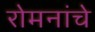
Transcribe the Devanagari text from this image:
रोमनांचे